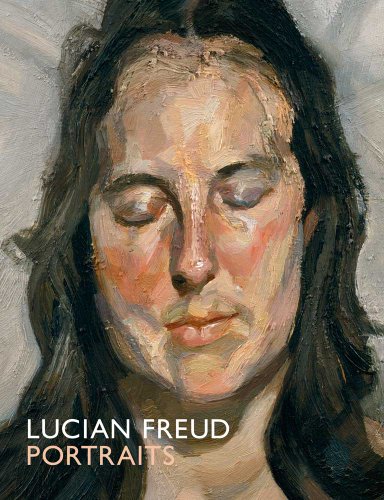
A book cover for Lucian Freud Portraits; Sarah Howgate; Arts & Photography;